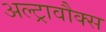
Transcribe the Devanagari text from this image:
अल्ट्रावौक्स